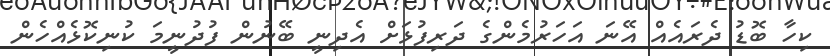
ކިހާ ބޮޑު ދެރައެއް އޭނަ އަހަރުމެންގެ ދަރިފުޅަށް އެދިނީ ބޭނުން ފުދުނީމަ ކުނިކޮޅެއްހެން